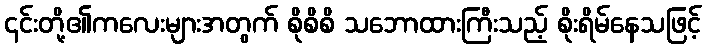
၎င်းတို့၏ကလေးများအတွက် စိုစိစိ သဘောထားကြီးသည့် စိုးရိမ်နေသဖြင့်